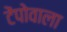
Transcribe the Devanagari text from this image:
टेंपोवाला